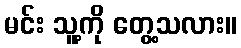
မင်း သူ့ကို တွေ့သလား။